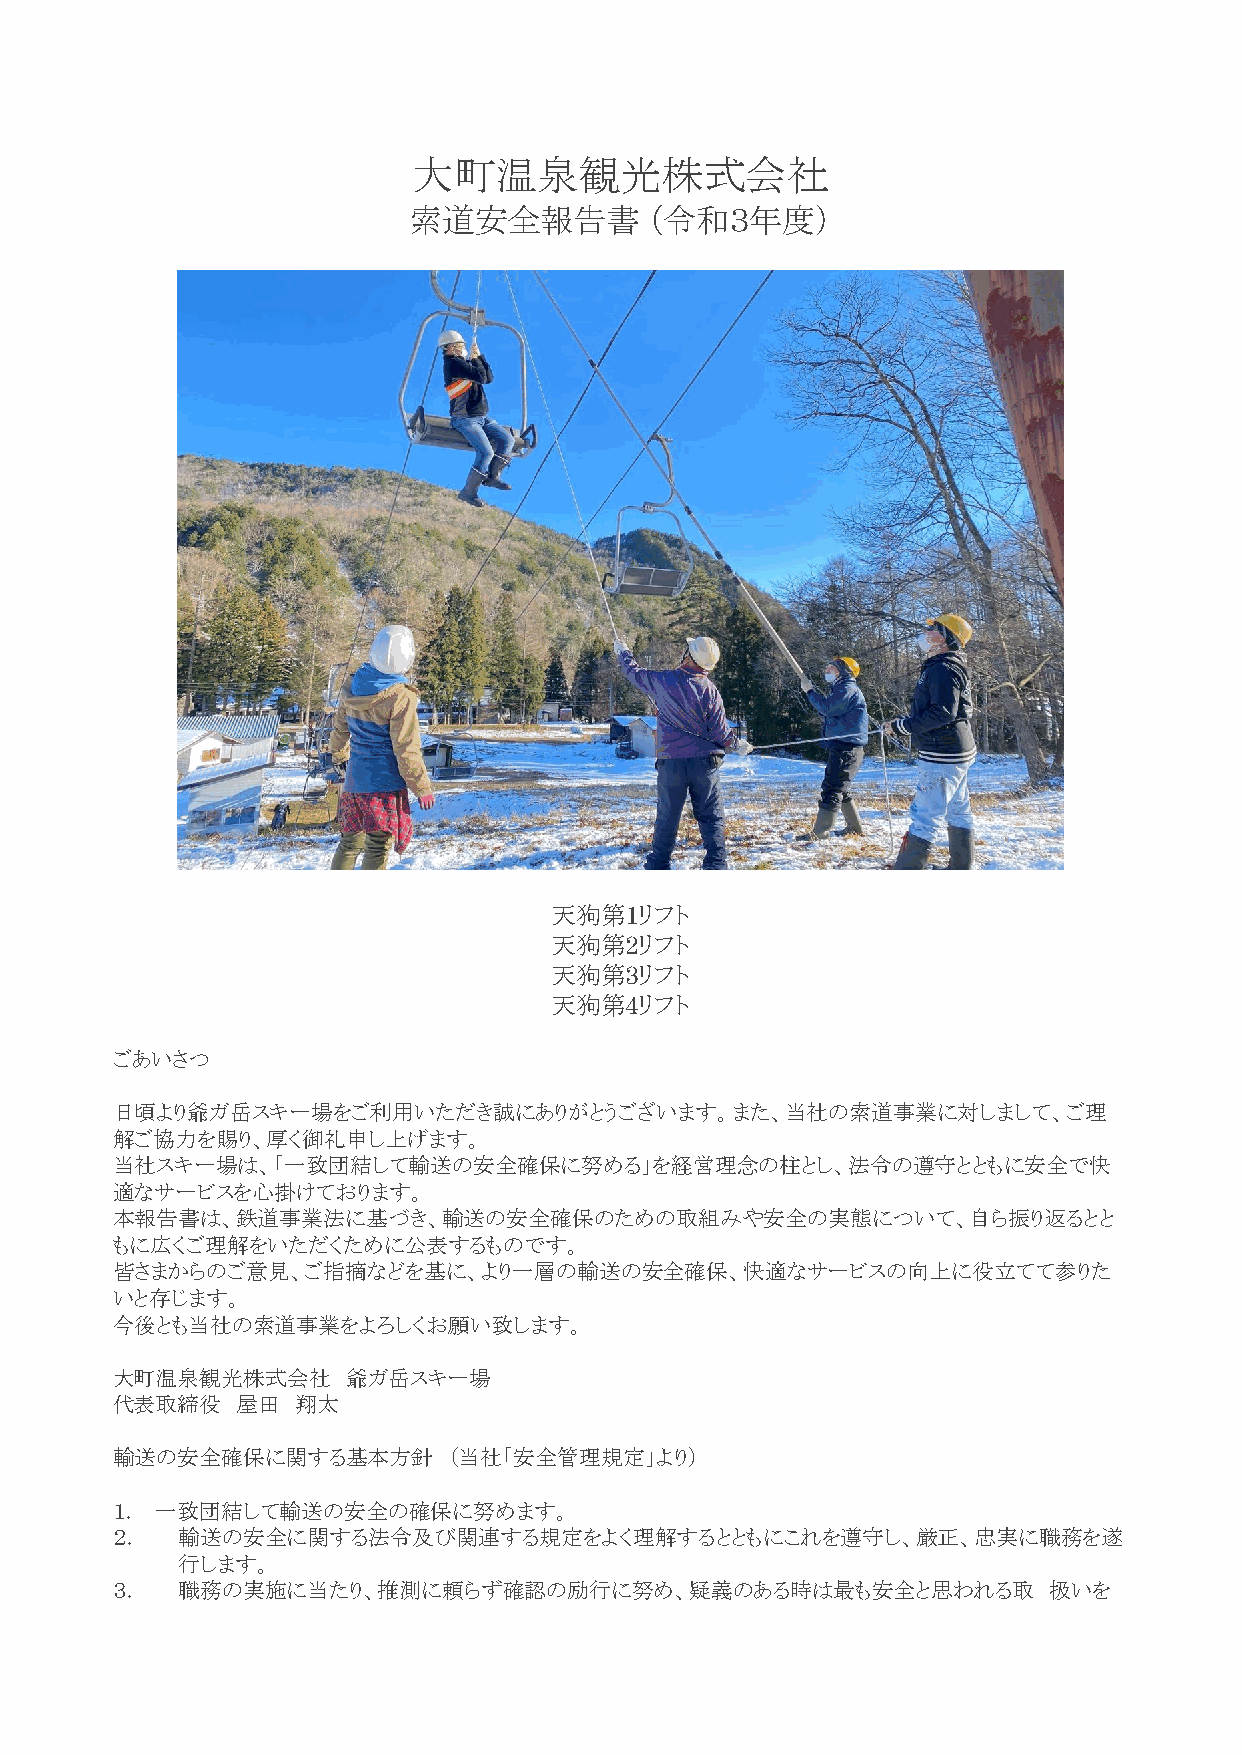
大町温泉観光株式会社
 索道安全報告書         （令和３年度）
 天狗第1リフト
 天狗第2リフト
 天狗第3リフト
 天狗第4リフト
 ごあいさつ
 日頃より爺ガ岳スキー場をご利用いただき誠にありがとうございます。また、当社の索道事業に対しまして、ご理
 解ご協力を賜り、厚く御礼申し上げます。
 当社スキー場は、「一致団結して輸送の安全確保に努める」を経営理念の柱とし、法令の遵守とともに安全で快
 適なサービスを心掛けております。
 本報告書は、鉄道事業法に基づき、輸送の安全確保のための取組みや安全の実態について、自ら振り返るとと
 もに広くご理解をいただくために公表するものです。
 皆さまからのご意見、ご指摘などを基に、より一層の輸送の安全確保、快適なサービスの向上に役立てて参りた
 いと存じます。
 今後とも当社の索道事業をよろしくお願い致します。
 大町温泉観光株式会社      爺ガ岳スキー場
 代表取締役    屋田  翔太
 輸送の安全確保に関する基本方針        （当社「安全管理規定」より）
 １． 一致団結して輸送の安全の確保に努めます。
 ２．   輸送の安全に関する法令及び関連する規定をよく理解するとともにこれを遵守し、厳正、忠実に職務を遂
 行します。
 ３．   職務の実施に当たり、推測に頼らず確認の励行に努め、疑義のある時は最も安全と思われる取               扱いを